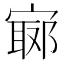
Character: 𡪅